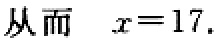
从而 $\ x = 17$.